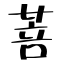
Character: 菩